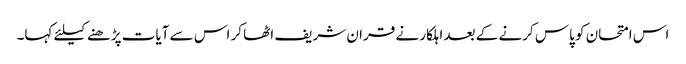
اس امتحان کو پاس کرنے کے بعد اہلکار نے قران شریف اٹھا کر اس سے آیات پڑھنے کیلئے کہا۔